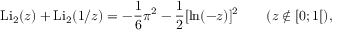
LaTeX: \operatorname { L i } _ { 2 } ( z ) + \operatorname { L i } _ { 2 } ( 1 / z ) = - { \frac { 1 } { 6 } } \pi ^ { 2 } - { \frac { 1 } { 2 } } [ \ln ( - z ) ] ^ { 2 } \qquad ( z \not \in [ 0 ; 1 [ ) ,